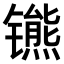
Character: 𫔒